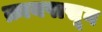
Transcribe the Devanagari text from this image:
क्रायपासून